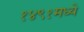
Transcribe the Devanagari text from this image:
१४९१मध्ये